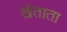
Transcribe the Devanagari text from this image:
खेताता